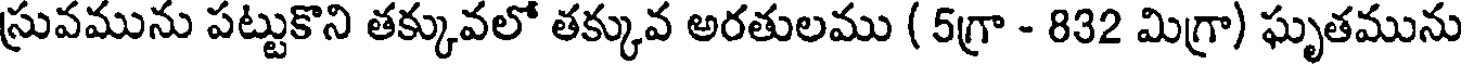
స్రువమును పట్టుకొని తక్కువలో తక్కువ అరతులము ( 5గ్రా - 832 మిగ్రా) ఘృతమును